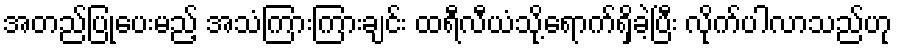
အတည်ပြုပေးမည့် အသံကြားကြားချင်း ထရီလီယံသို့ရောက်ရှိခဲ့ပြီး လိုက်ပါလာသည်ဟု